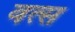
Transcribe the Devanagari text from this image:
वत्‍स